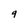
Character: q